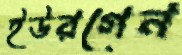
ইউরগেন